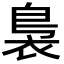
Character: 裊